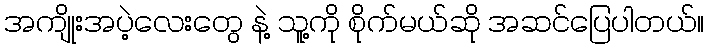
အကျိုးအပဲ့လေးတွေ နဲ့ သူ့ကို စိုက်မယ်ဆို အဆင်ပြေပါတယ်။